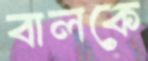
বালকে